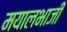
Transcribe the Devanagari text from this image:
मयालभाजी